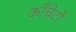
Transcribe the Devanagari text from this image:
काँचेर्टो